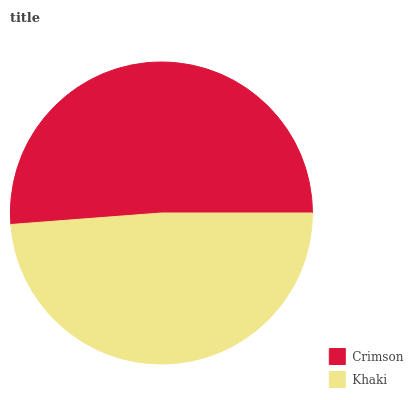
| Crimson | Khaki |
 | --- | --- |
 | 51.2% | 48.8% |